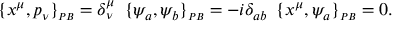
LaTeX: \{ x ^ { \mu } , p _ { \nu } \} _ { \scriptscriptstyle { P B } } = \delta _ { \nu } ^ { \mu } \, \ \{ \psi _ { a } , \psi _ { b } \} _ { \scriptscriptstyle { P B } } = - i \delta _ { a b } \, \ \{ x ^ { \mu } , \psi _ { a } \} _ { \scriptscriptstyle { P B } } = 0 .